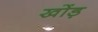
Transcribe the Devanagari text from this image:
खोंड़